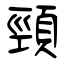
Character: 頸